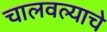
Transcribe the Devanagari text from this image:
चालवल्याचे